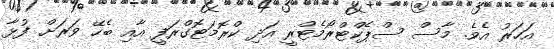
އަހަރު އެވެ. މާސް ސްޕެކްޓްރޯމެޓްރީ އަދި ކްރޮމަޓޮގްރަފީ އާއި ބެހޭ ވަރަށް ފުޅާ